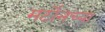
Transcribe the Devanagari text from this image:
मर्टोनच्या